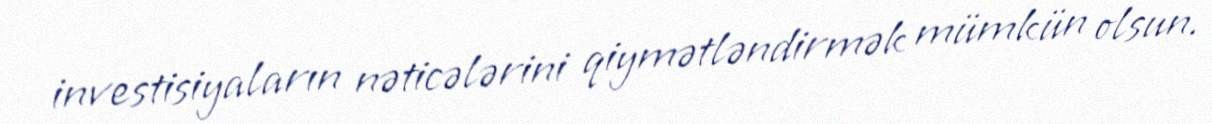
investisiyaların nəticələrini qiymətləndirmək mümkün olsun.